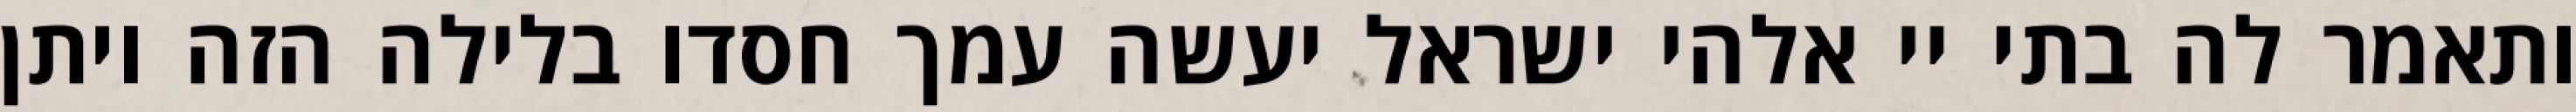
ותאמר לה בתי יי אלהי ישראל יעשה עמך חסדו בלילה הזה ויתן